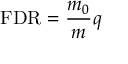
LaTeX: \mathrm { F D R } = { \frac { m _ { 0 } } { m } } q